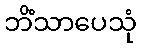
ဘိံသာပေသုံ